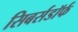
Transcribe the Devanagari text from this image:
सिबर्सडॉर्फ